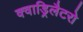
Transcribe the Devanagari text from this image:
क्वाड्रिलैटरो